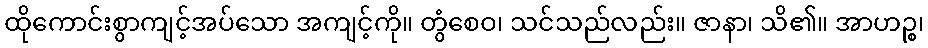
ထိုကောင်းစွာကျင့်အပ်သော အကျင့်ကို။ တွံစေဝ၊ သင်သည်လည်း။ ဇာနာ၊ သိ၏။ အာဟဉ္စ၊